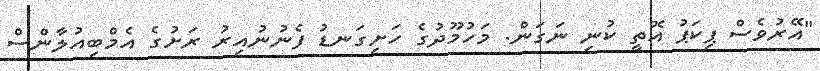
"އޭރުވެސް ޕިކަޕު އޮތީ ކުނި ނަގަން. މަހުމޫދުގެ ހަށިގަނޑު ފެނުނުއިރު ރަށުގެ އެމްބިއުލާންސް